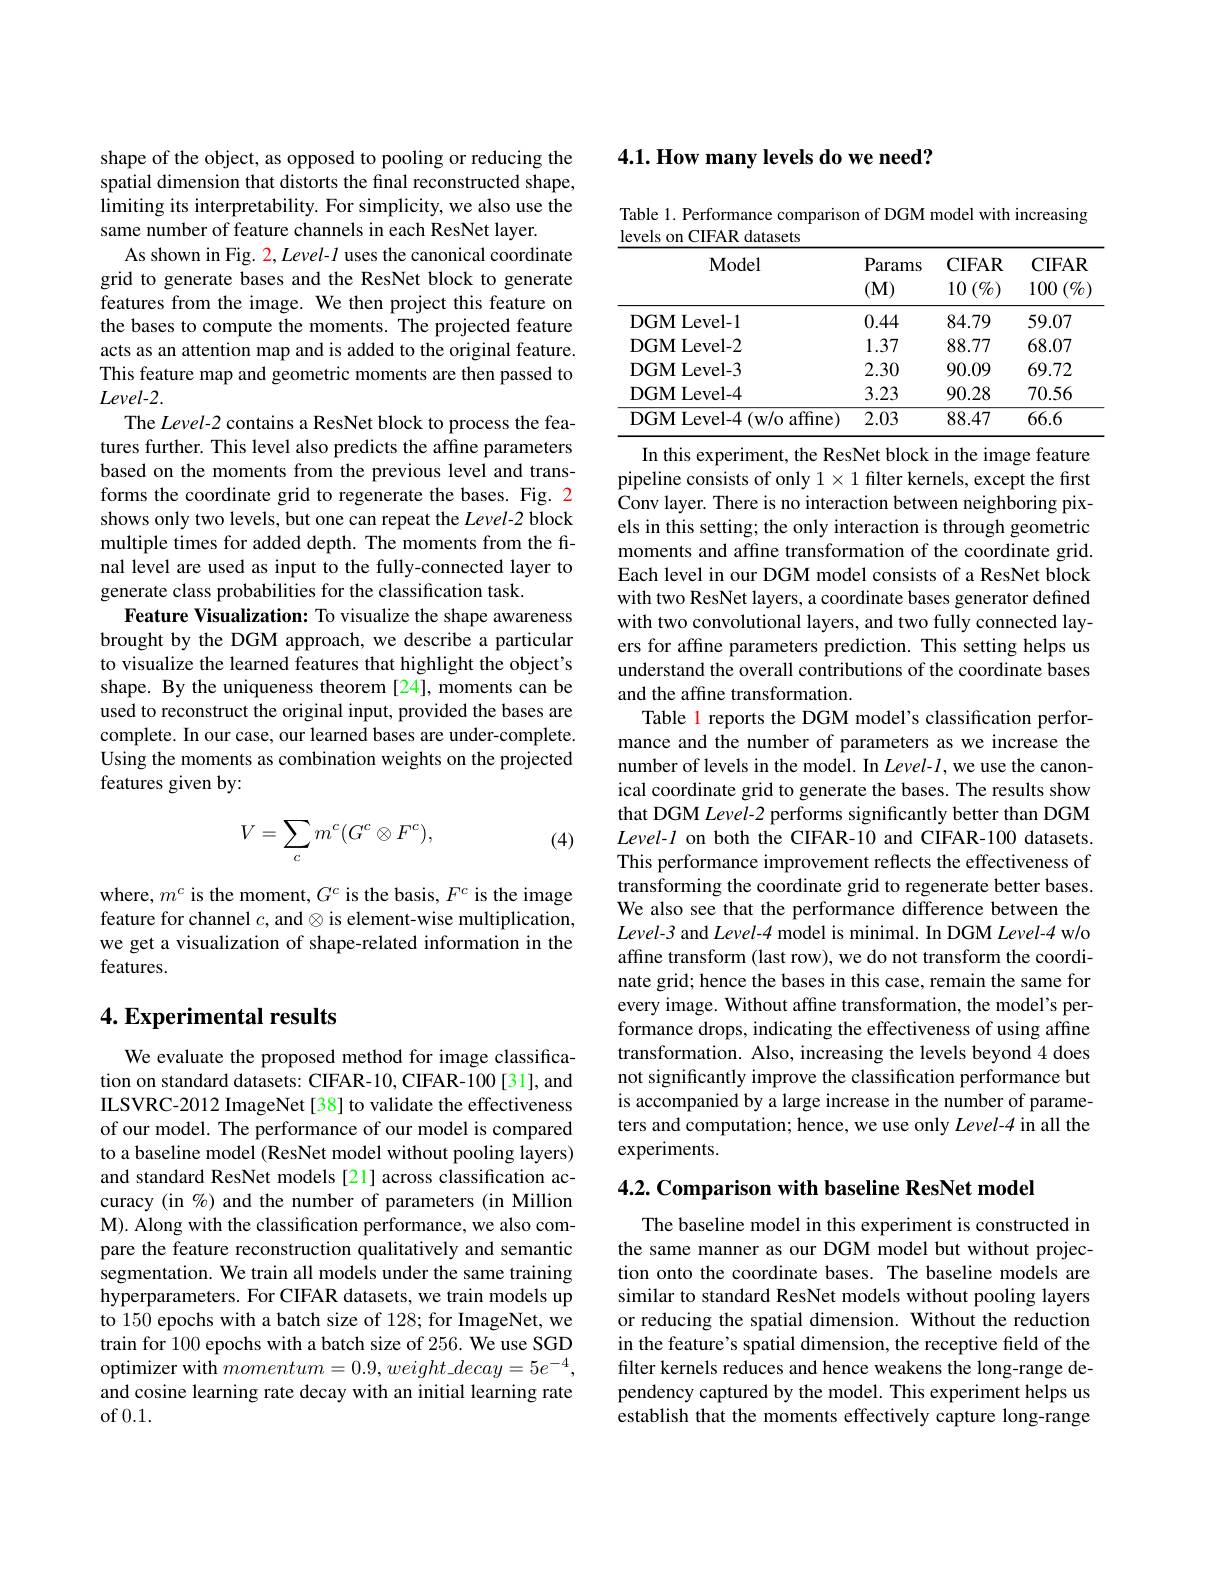
shape of the object, as opposed to pooling or reducing the spatial dimension that distorts the final reconstructed shape, limiting its interpretability. For simplicity, we also use the same number of feature channels in each ResNet layer.
As shown in Fig. 2, Level- l uses the canonical coordinate grid to generate bases and the ResNet block to generate features from the image. We then project this feature on the bases to compute the moments. The projected feature acts as an attention map and is added to the original feature. This feature map and geometric moments are then passed to $Level-2.$
The Level-2 contains a ResNet block to process the features further. This level also predicts the affine parameters based on the moments from the previous level and transforms the coordinate grid to regenerate the bases. Fig. 2 shows only two levels, but one can repeat the Level-2 block multiple times for added depth. The moments from the final level are used as input to the fully-connected layer to generate class probabilities for the classification task.
Feature Visualization: To visualize the shape awareness brought by the DGM approach, we describe a particular to visualize the learned features that highlight the object's shape. By the uniqueness theorem [24], moments can be used to reconstruct the original input, provided the bases are complete. In our case, our learned bases are under-complete. Using the moments as combination weights on the projected features given by:
$$V=\sum_{c}m^c(G^c\otimes F^c),$$
(4)

where, $m^c$ is the moment, $G^c$ is the basis, $F^c$ is the image feature for channel $c$, and $\otimes$ is element-wise multiplication, we get a visualization of shape-related information in the features.

## 4. Experimental results

We evaluate the proposed method for image classification on standard datasets: CIFAR-10, CIFAR-100[31], and ILSVRC-2012 ImageNet [38] to validate the effectiveness of our model. The performance of our model is compared to a baseline model (ResNet model without pooling layers) and standard ResNet models [21] across classification accuracy (in %) and the number of parameters (in Million M). Along with the classification performance, we also compare the feature reconstruction qualitatively and semantic segmentation. We train all models under the same training hyperparameters. For CIFAR datasets, we train models up to 150 epochs with a batch size of 128; for ImageNet, we train for 100 epochs with a batch size of 256. We use SGD ${\text{optimizer with }momentum=0.9,weight\_decay=5e^{-4},}$ and cosine learning rate decay with an initial learning rate of 0.1.

4.1. How many levels do we need?

Table 1. Performance comparison of DGM model with increasing
levels on CIFAR datasets
<table>
	<tbody>
		<tr>
			<th>Model</th>
			<th>Params $(\mathbf{M})$</th>
			<th>CIFAR $10\left(\%\right)$</th>
			<th>CIFAR $100\left(\%\right)$</th>
		</tr>
		<tr>
			<td>DGM Level-1</td>
			<td>0.44</td>
			<td>84.79</td>
			<td>59.07</td>
		</tr>
		<tr>
			<td>DGMLevel- 2</td>
			<td>1.37</td>
			<td>88.77</td>
			<td>68.07</td>
		</tr>
		<tr>
			<td>DGM Level-3</td>
			<td>2.30</td>
			<td>90.09</td>
			<td>69.72</td>
		</tr>
		<tr>
			<td>DGMLevel- 4</td>
			<td>3.23</td>
			<td>90.28</td>
			<td>70.56</td>
		</tr>
		<tr>
			<td>DGM Level-4 (w/o affine)</td>
			<td>2.03</td>
			<td>88.47</td>
			<td>66.6</td>
		</tr>
	</tbody>
</table>

In this experiment, the ResNet block in the image feature pipeline consists of only $1\times1$ filter kernels, except the first Conv layer. There is no interaction between neighboring pixels in this setting; the only interaction is through geometric moments and affine transformation of the coordinate grid. Each level in our DGM model consists of a ResNet block with two ResNet layers, a coordinate bases generator defined with two convolutional layers, and two fully connected layers for affine parameters prediction. This setting helps us understand the overall contributions of the coordinate bases and the affine transformation.
Table l reports the DGM model's classification performance and the number of parameters as we increase the number of levels in the model. In $Level-l$, we use the canonical coordinate grid to generate the bases. The results show that DGM Level-2 performs significantly better than DGM $Level-l$ on both the CIFAR-10 and CIFAR-100 datasets. This performance improvement reflects the effectiveness of transforming the coordinate grid to regenerate better bases. We also see that the performance difference between the Level-3 and Level-4 model is minimal. In DGM Level-4 w/o affine transform (last row), we do not transform the coordinate grid; hence the bases in this case, remain the same for every image. Without affine transformation, the model's performance drops, indicating the effectiveness of using affine transformation. Also, increasing the levels beyond 4 does not significantly improve the classification performance but is accompanied by a large increase in the number of parameters and computation; hence, we use only Level-4 in all the experiments.

4.2. Comparison with baseline ResNet model

The baseline model in this experiment is constructed in the same manner as our DGM model but without projection onto the coordinate bases. The baseline models are similar to standard ResNet models without pooling layers or reducing the spatial dimension. Without the reduction in the feature's spatial dimension, the receptive field of the filter kernels reduces and hence weakens the long-range dependency captured by the model. This experiment helps us establish that the moments effectively capture long-range